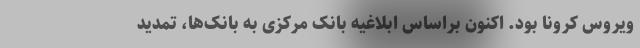
ویروس کرونا بود. اکنون براساس ابلاغیه بانک مرکزی به بانک‌ها، تمدید